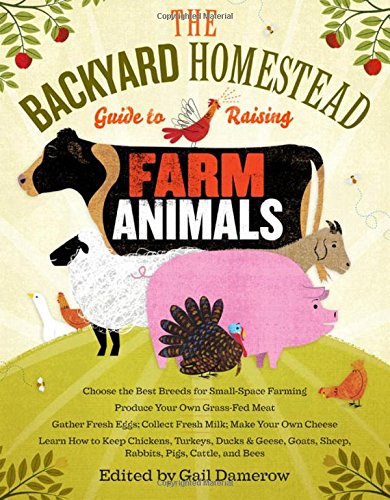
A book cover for The Backyard Homestead Guide to Raising Farm Animals: Choose the Best Breeds for Small-Space Farming, Produce Your Own Grass-Fed Meat, Gather Fresh ... Rabbits, Goats, Sheep, Pigs, Cattle, & Bees; Crafts, Hobbies & Home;